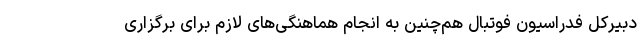
دبیرکل فدراسیون فوتبال هم‌چنین به انجام هماهنگی‌های لازم برای برگزاری